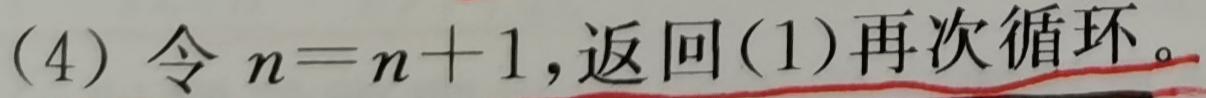
(4) 令 \(n=n + 1\), 返回(1)再次循环。